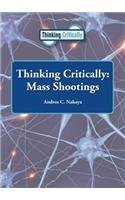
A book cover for Mass Shootings (Thinking Critically (Reference Point)); Andrea C. Nakaya; Teen & Young Adult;